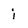
Character: i